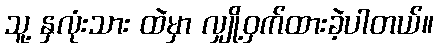
သူ့ နှလုံးသား ထဲမှာ လျှို့ဝှက်ထားခဲ့ပါတယ်။